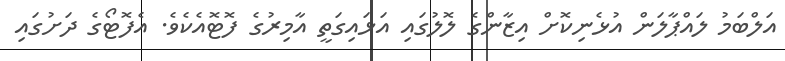
އަލްބަމު ލައްޕާލަން އުޅެނިކޮށް އިޒާންގެ ލޮލުގައި އަޅައިގަތީ އާމިރުގެ ފޮޓޮއެކެވެ. އެފޮޓޯގެ ދަށުގައި